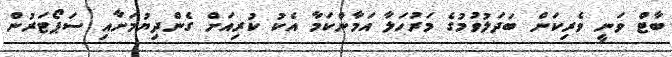
ބާޓް ވަނީ ވެރިކަން ބަދަލުވުމުގެ މަރުހަލާ އަމާންކަމާ އެކު ކުރިއަށް ގެންދިޔުމަށާއި ސަޕޯޓަރުން